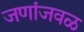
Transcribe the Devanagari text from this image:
जणांजवळ